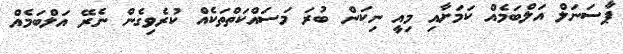
ޕާސަނަލް އަލްބަމެއް ކަމަށާއި މިއީ ނިކަން ބުރަ މަސައްކަތްތަކެއް ކުރެވިގެން ނެރޭ އަލްބަމެއް